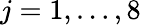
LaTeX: j=1,\ldots,8